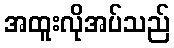
အထူးလိုအပ်သည်